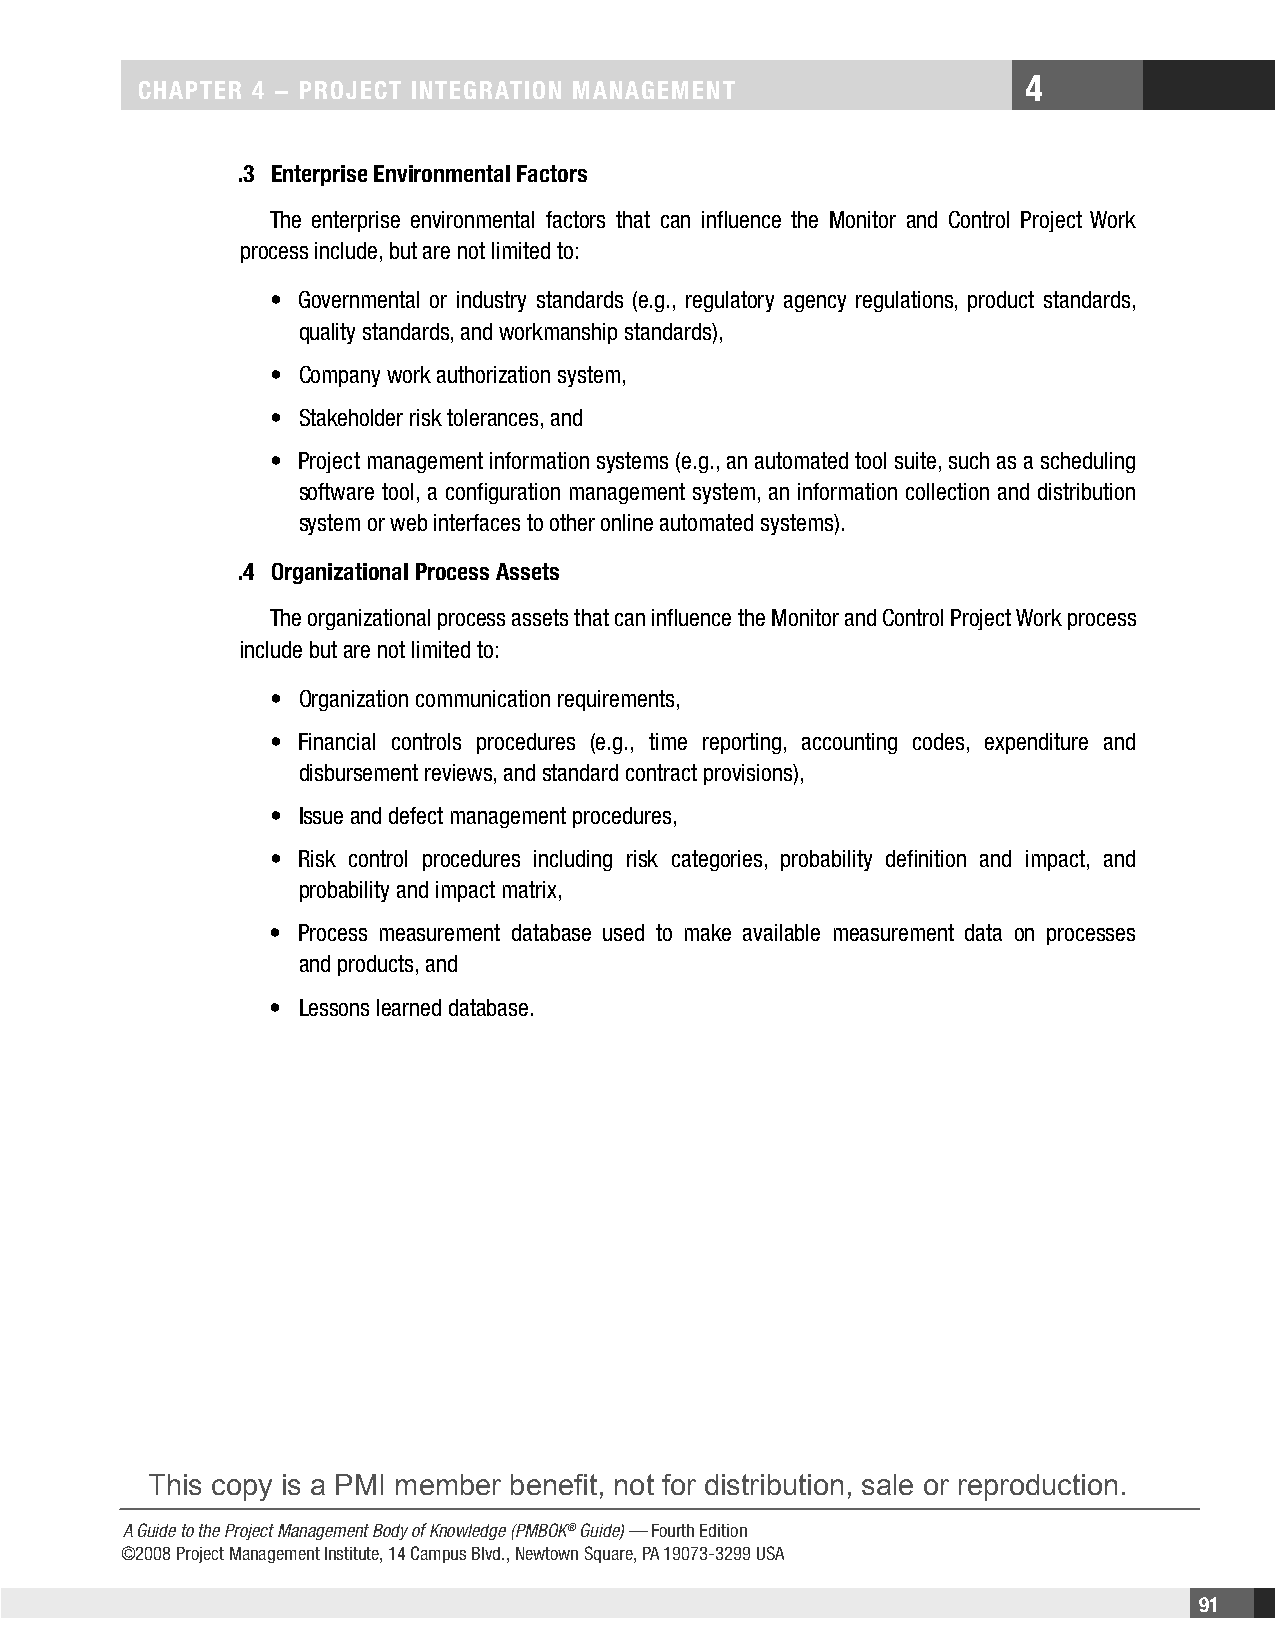
4
 CHaPteR 4 − PRojeCt IntegRatIon management
 .3 enterprise environmental Factors
 The enterprise environmental factors that can influence the Monitor and Control Project Work
 process include, but are not limited to:
 • Governmental or industry standards (e.g., regulatory agency regulations, product standards,
 quality standards, and workmanship standards),
 • Company work authorization system,
 • Stakeholder risk tolerances, and
 • Project management information systems (e.g., an automated tool suite, such as a scheduling
 software tool, a configuration management system, an information collection and distribution
 system or web interfaces to other online automated systems).
 .4 organizational Process assets
 The organizational process assets that can influence the Monitor and Control Project Work process
 include but are not limited to:
 • Organization communication requirements,
 • Financial controls procedures (e.g., time reporting, accounting codes, expenditure and
 disbursement reviews, and standard contract provisions),
 • Issue and defect management procedures,
 • Risk control procedures including risk categories, probability definition and impact, and
 probability and impact matrix,
 • Process measurement database used to make available measurement data on processes
 and products, and
 • Lessons learned database.
 This copy is a PMI member benefit, not for distribution, sale or reproduction.
 A Guide to the Project Management Body of Knowledge (PMBOK® Guide) — Fourth Edition
 ©2008 Project Management Institute, 14 Campus Blvd., Newtown Square, PA 19073-3299 USA
 91